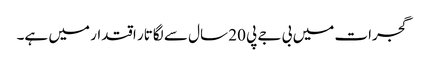
گجرات میں بی جے پی 20 سال سے لگاتار اقتدار میں ہے۔